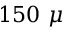
1 5 0 ~ \mu